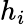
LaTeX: h_{i}